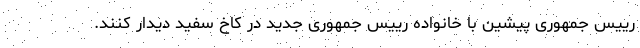
رییس جمهوری پیشین با خانواده رییس جمهوری جدید در کاخ سفید دیدار کنند.